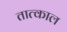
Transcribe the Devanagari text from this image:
तात्काल